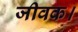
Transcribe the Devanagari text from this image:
जीवक।